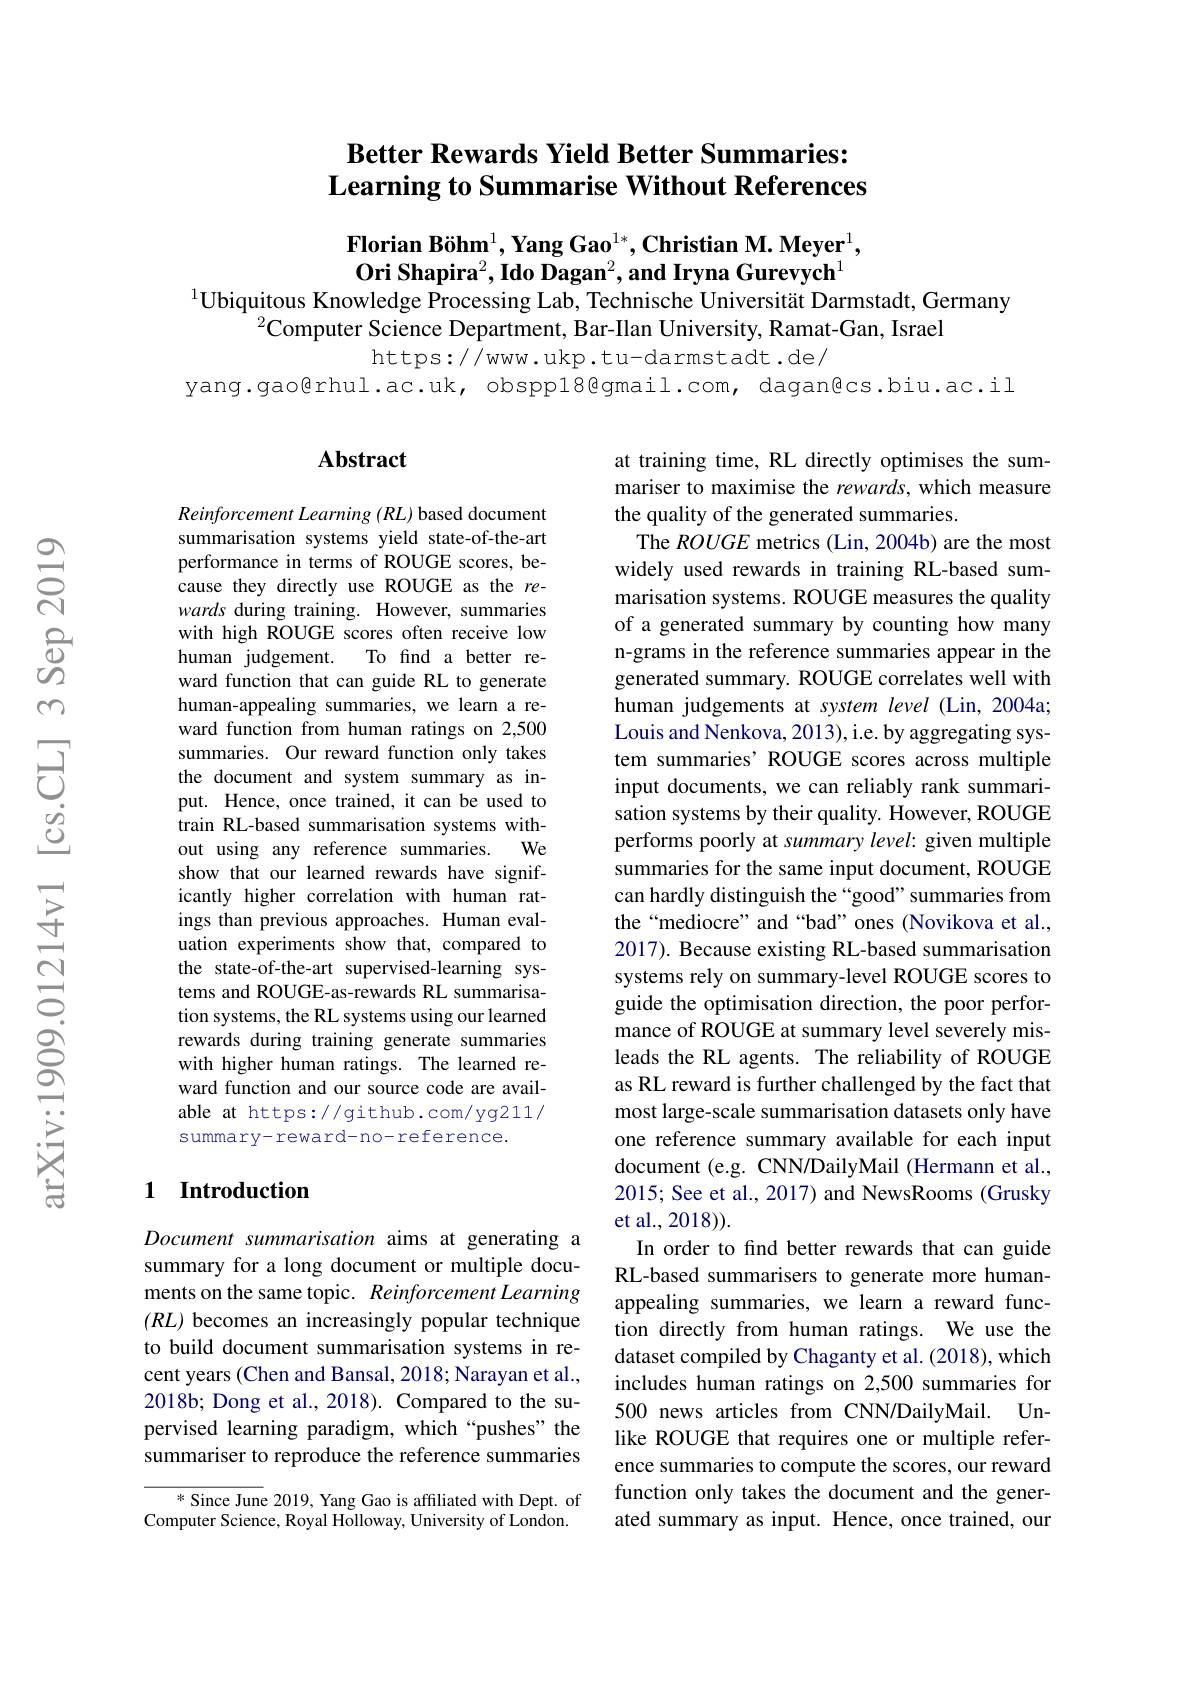
### $\textbf{Better Rewards Yield Better Summaries: }$ Learning to Summarise Without References

$\textbf{Florian Böhm}^1,\textbf{Yang Gao}^{1*},\textbf{Christian M. Meyer}^1$, $\mathbf{O} \text{ri Shapira}^2, \textbf{Ido Dagan}^2, \textbf{and Iryna Gurevych}^1$
$^{1}$Ubiquitous Knowledge Processing Lab, Technische Universität Darmstadt, Germany

$^{2}$Computer Science Department, Bar-Ilan University, Ramat-Gan, Israel

https://www.ukp.tu-darmstadt.de/
yang.gao@rhul.ac.uk, obspp18@gmail.com, dagan@cs.biu.ac.il

### $\mathbf{Abstract}$

Reinforcement Learning (RL) based document summarisation systems yield state-of-the-art performance in terms of ROUGE scores, because they directly use ROUGE as the rewards during training. However, summaries with high ROUGE scores often receive low human judgement. To find a better reward function that can guide RL to generate human-appealing summaries, we learn a reward function from human ratings on 2,500 summaries. Our reward function only takes the document and system summary as input. Hence, once trained, it can be used to train RL- based summarisation systems with- out using any reference summaries. We show that our learned rewards have significantly higher correlation with human ratings than previous approaches. Human evaluation experiments show that, compared to the state-of-the-art supervised-learning systems and ROUGE-as-rewards RL summarisation systems, the RL systems using our learned rewards during training generate summaries with higher human ratings. The learned reward function and our source code are available at https://github.com/yg211/ summary-reward-no-reference.

at training time, RL directly optimises the summariser to maximise the rewards, which measure the quality of the generated summaries.
The $ROUGE$ metrics (Lin, 2004b) are the most widely used rewards in training RL-based summarisation systems. ROUGE measures the quality of a generated summary by counting how many n-grams in the reference summaries appear in the generated summary. ROUGE correlates well with human judgements at system level (Lin, 2004a; Louis and Nenkova, 2013), i.e. by aggregating system summaries' ROUGE scores across multiple input documents, we can reliably rank summarisation systems by their quality. However, ROUGE performs poorly at summary level: given multiple summaries for the same input document, ROUGE can hardly distinguish the “good”summaries from the“mediocre” and“bad” ones (Novikova et al., 2017). Because existing RL-based summarisation systems rely on summary-level ROUGE scores to guide the optimisation direction, the poor performance of ROUGE at summary level severely misleads the RL agents. The reliability of ROUGE as RL reward is further challenged by the fact that most large-scale summarisation datasets only have one reference summary available for each input document (e.g. CNN/DailyMail (Hermann et al., 2015; See et al., 2017) and NewsRooms (Grusky et al., 2018)).
In order to find better rewards that can guide RL-based summarisers to generate more humanappealing summaries, we learn a reward function directly from human ratings. We use the dataset compiled by Chaganty et al. (2018), which includes human ratings on 2,500 summaries for 500 news articles from CNN/DailyMail. Unlike ROUGE that requires one or multiple reference summaries to compute the scores, our reward function only takes the document and the generated summary as input. Hence, once trained, our

## 1 Introduction

Document summarisation aims at generating a summary for a long document or multiple documents on the same topic. Reinforcement Learning (RL) becomes an increasingly popular technique to build document summarisation systems in recent years (Chen and Bansal, 2018; Narayan et al., 2018b; Dong et al., 2018). Compared to the supervised learning paradigm, which“pushes” the summariser to reproduce the reference summaries

$^*$ Since June 2019, Yang Gao is affiliated with Dept. of Computer Science, Royal Holloway, University of London.